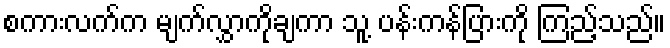
စကားလက်က မျက်လွှာကိုချကာ သူ့ ပန်းကန်ပြားကို ကြည့်သည်။